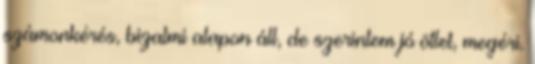
számonkérés, bizalmi alapon áll, de szerintem jó ötlet, megéri.